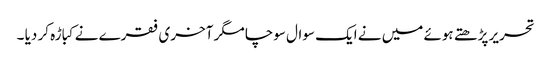
تحریر پڑھتے ہوئے میں نے ایک سوال سوچا مگر آخری فقرے نے کباڑہ کر دیا ۔